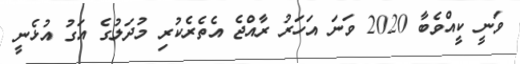
ވަނީ ކީއްވެބާ 2020 ވަނަ އަހަރު ރާއްޖެ އެތެރެކުރި މުދަލުގެ އަގު އުޅެނީ